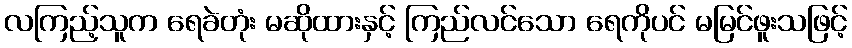
လကြည့်သူက ရေခဲတုံး မဆိုထားနှင့် ကြည်လင်သော ရေကိုပင် မမြင်ဖူးသဖြင့်